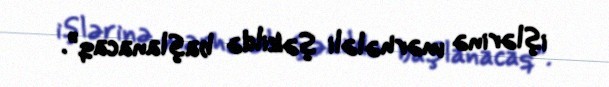
işlərinə mərhələli şəkildə başlanacaq”.